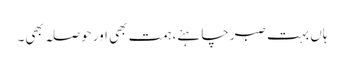
ہاں بہت صبرچاہئے، ہمت بھی اورحوصلہ بھی۔